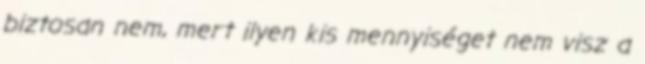
biztosan nem, mert ilyen kis mennyiséget nem visz a